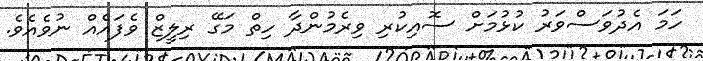
ހަމަ އެދުވަސްވަރު ކުޅުމަށް ސޮއިކުރި ވިރެމުންދާ ހިތް މަގޭ ރިލީޒް ވެފައެއް ނުވެއެވެ.